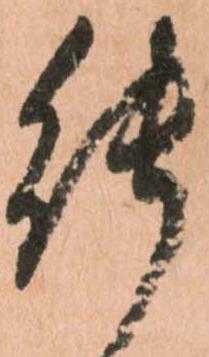
能